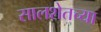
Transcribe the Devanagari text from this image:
सालशेतच्या